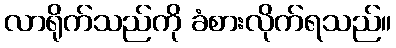
လာရိုက်သည်ကို ခံစားလိုက်ရသည်။